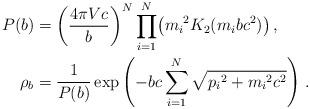
LaTeX: \begin{align*} P(b)&=\left(\frac{4\pi Vc}{b}\right)^N\prod_{i=1}^N \bigl({m_i}^2K_2(m_ibc^2)\bigr)\,,\\ \rho_b&=\frac{1}{P(b)}\exp\left(-bc\sum_{i=1}^N\sqrt{{p_i}^2+{m_i}^2c^2}\right)\,. \end{align*}